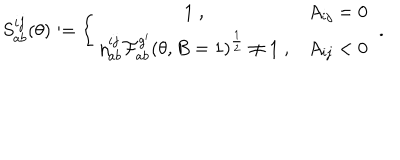
S _ { a b } ^ { i j } ( \theta ) : = \left\{ \begin{array} { c c } { { 1 \; , } } & { { A _ { i j } = 0 } } \\ { { \eta _ { a b } ^ { i j } \mathcal { F } _ { a b } ^ { g ^ { \prime } } ( \theta , B = 1 ) ^ { \frac { 1 } { 2 } } \neq 1 \; , } } & { { A _ { i j } < 0 } } \\ \end{array} \right. \; .